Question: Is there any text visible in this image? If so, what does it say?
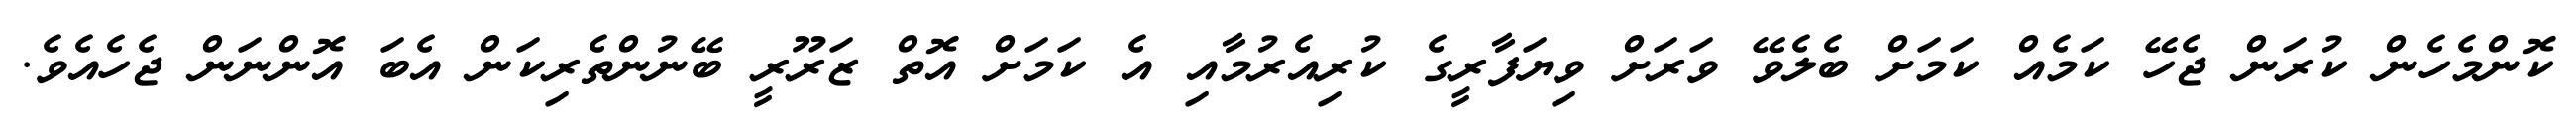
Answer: ކޮންމެހެން ކުރަން ޖެހޭ ކަމެއް ކަމަށް ބެލެވޭ ވަރަށް ވިޔަފާރީގެ ކުރިއެރުމާއި އެ ކަމަށް އޮތް ޒަރޫރީ ބޭނުންތެރިކަން އެބަ އޮންނަން ޖެހެއެވެ.